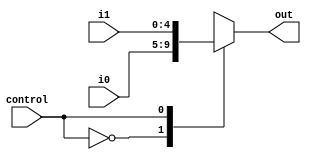
module multiplexorRegDst(
	input wire[4:0] i0, i1,
	input wire control,
	output reg[4:0] out
	);

	always @ (i0, i1, control) begin
		case(control)
			0: out <= i0;
			1: out <= i1;
			default: out <= 5'bx;
		endcase
	end
endmodule

module multiplexorALUSrc(
	input wire[31:0] i0, i1,
	input wire control,
	output reg[31:0] out
	);

	always @ (i0, i1, control) begin
		case(control)
			0: out <= i0;
			1: out <= i1;
			default: out <= 32'bx;
		endcase
	end
endmodule


module multiplexorMemtoReg(
	input wire[31:0] i0, i1,
	input wire control,
	output reg[31:0] out
	);

	always @ (i0, i1, control) begin
		case(control)
			0: out <= i0;
			1: out <= i1;
			default: out <= 32'bx;
		endcase
	end
endmodule

module multiplexorPCSrc(
	input wire[31:0] i0, i1,
	input wire control,
	output reg[31:0] out
	);

	always @ (i0, i1, control) begin
		case(control)
			0: out <= i0;
			1: out <= i1;
			default out <= 32'bx;
		endcase
	end
endmodule

module mainALUForwardingMUX(
	input wire[31:0] i0, i1, i2,
	input wire[1:0]  control,
	output reg[31:0] out
	);

	always @* begin
		case(control)
			0: out <= i0;
			1: out <= i1;
			2: out <= i2;
			default out <= 32'bx;
		endcase
	end
endmodule

module controlMUX(
	input wire control,
	input wire regDstIn,
	input wire ALUSrcIn,
	input wire memtoRegIn,
	input wire regWriteIn,
	input wire memReadIn,
	input wire memWriteIn,
	input wire branchIn,
	input wire ALUOp1In,
	input wire ALUOp0In,
	output reg regDstOut,
	output reg ALUSrcOut,
	output reg memtoRegOut,
	output reg regWriteOut,
	output reg memReadOut,
	output reg memWriteOut,
	output reg branchOut,
	output reg ALUOp1Out,
	output reg ALUOp0Out
);
	always @* begin
		case(control)
			0:	begin
					regDstOut <= regDstIn;
					ALUSrcOut <= ALUSrcIn;
					memtoRegOut <= memtoRegIn;
					regWriteOut <= regWriteIn;
					memReadOut <= memReadIn;
					memWriteOut = memWriteIn;
					branchOut <= branchIn;
					ALUOp1Out <= ALUOp1In;
					ALUOp0Out <= ALUOp0In;
				end
			default:
				begin
					regDstOut <= 0;
					ALUSrcOut <= 0;
					memtoRegOut <= 0;
					regWriteOut <= 0;
					memReadOut <= 0;
					memWriteOut <= 0;
					branchOut <= 0;
					ALUOp1Out <= 0;
					ALUOp0Out <= 0;
				end
		endcase
	end
endmodule